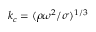
k _ { c } = ( \rho \omega ^ { 2 } / \sigma ) ^ { 1 / 3 }